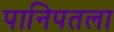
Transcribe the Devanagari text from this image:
पानिपतला